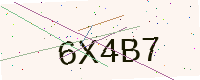
Text: 6X4B7